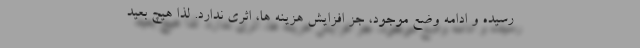
رسیده و ادامه وضع موجود، جز افزایش هزینه ها، اثری ندارد. لذا هیچ بعید